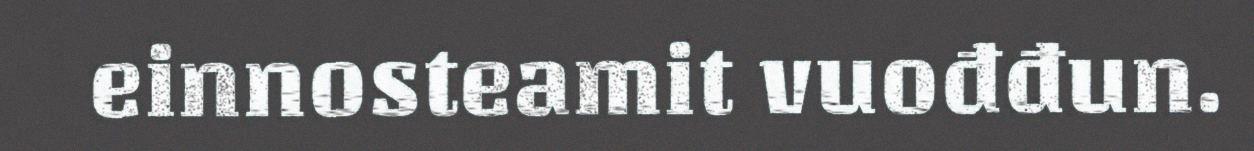
einnosteamit vuođđun.